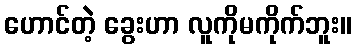
ဟောင်တဲ့ ခွေးဟာ လူကိုမကိုက်ဘူး။